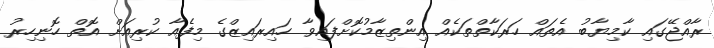
ރާއްޖޭގައި ކާމިޔާބު އެތައް ހަރަކާތްތަކެއް އިންތިޒާމުކޮށްފައިވާ ހައިރައިޒްގެ މިފެއާ ކުރިއަށް އޮތް ހޮނިހިރު